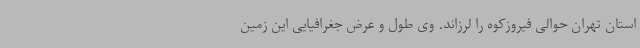
استان تهران حوالی فیروزکوه را لرزاند. وی طول و عرض جغرافیایی این زمین